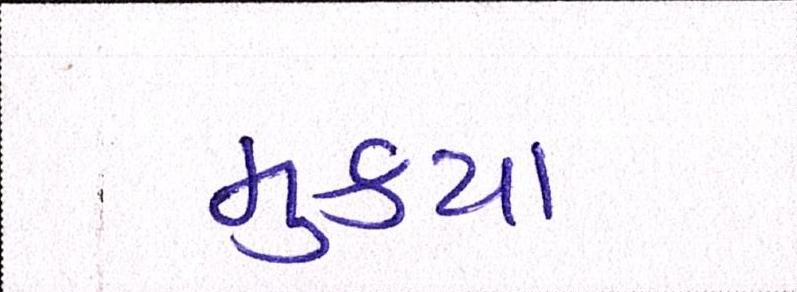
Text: મુકયા